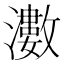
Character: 𱩵